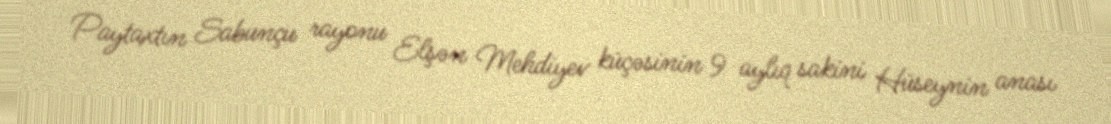
Paytaxtın Sabunçu rayonu Elşən Mehdiyev küçəsinin 9 aylıq sakini Hüseynin anası